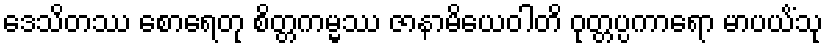
ဒေသိတဿ စောရေတု စိတ္တကမ္မဿ ဇာနာမိယေဝါတိ ဝုတ္တပ္ပကာရော မာပယိံသု